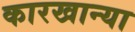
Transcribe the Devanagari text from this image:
कारखान्या